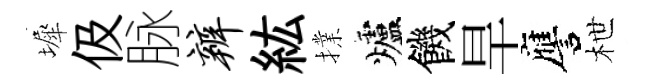
墀伋脉辨紘擈爐饑旱譍枻